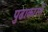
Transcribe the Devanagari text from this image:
पुढाकारने